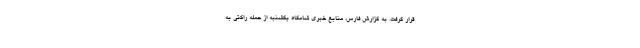
قرار گرفت. به گزارش فارس، منابع خبری شامگاه یکشنبه از حمله راکتی به